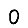
Digit: 0